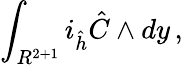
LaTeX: \int_{R^{2+1}}i_{\hat{h}}{\hat{C}}\wedge dy\, ,